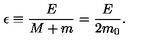
\epsilon \equiv { \frac { E } { M + m } } = { \frac { E } { 2 m _ { 0 } } } .